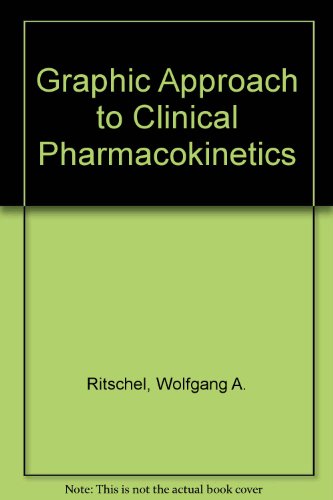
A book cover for Graphic Approach to Clinical Pharmacokinetics; Wolfgang A. Ritschel; Medical Books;